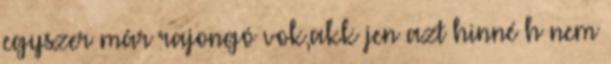
egyszer már rajongó vok,akk jen azt hinné h nem